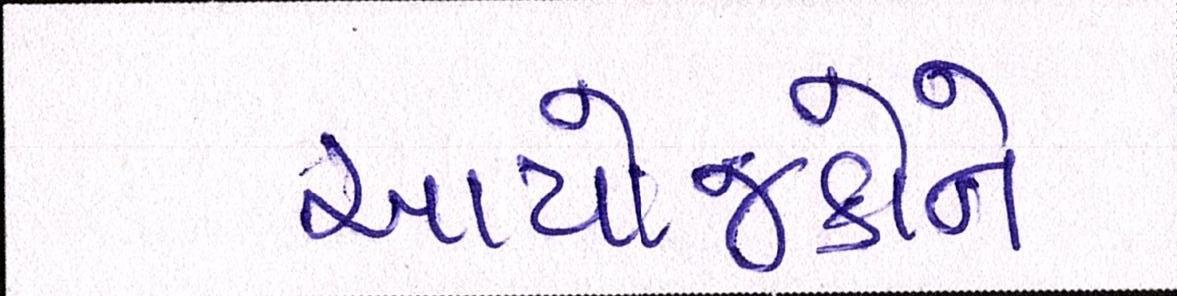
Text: આયોજકોને